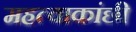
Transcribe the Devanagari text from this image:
महत्वाकांछी